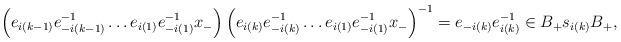
LaTeX: \begin{align*}\left(e_{i(k-1)}e_{-i(k-1)}^{-1}\dots e_{i(1)}e_{-i(1)}^{-1}x_-\right)\left(e_{i(k)}e_{-i(k)}^{-1}\dots e_{i(1)}e_{-i(1)}^{-1}x_-\right)^{-1}=e_{-i(k)}e_{i(k)}^{-1}\in B_+s_{i(k)}B_+,\end{align*}